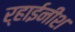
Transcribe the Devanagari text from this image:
र्‍हाईनीश